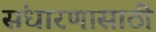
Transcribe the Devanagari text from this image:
संधारणासाठी